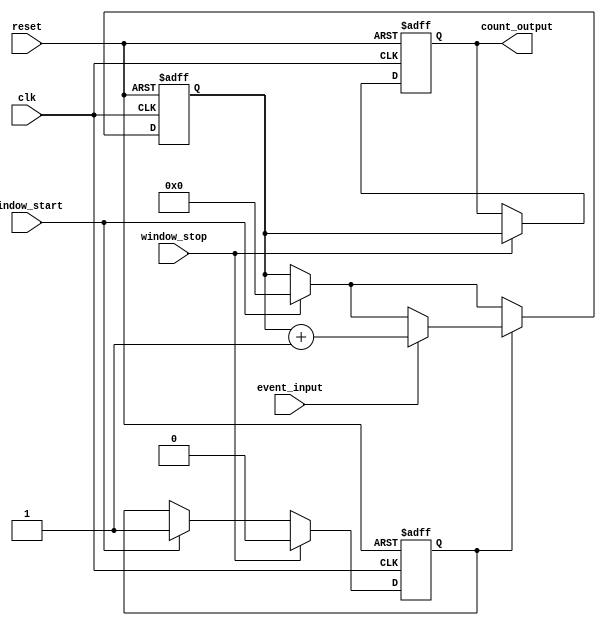
module windowed_counter #(
    parameter COUNTER_WIDTH = 8 // Parameter to define the counter width (8-bit by default)
)(
    input wire clk,               // Clock input
    input wire reset,             // Asynchronous reset signal
    input wire event_input,       // Input event signal (pulse/rising edge)
    input wire window_start,       // Window start signal
    input wire window_stop,        // Window stop signal
    output reg [COUNTER_WIDTH-1:0] count_output // Current count output
);

    // Internal signals
    reg [COUNTER_WIDTH-1:0] count; // Counter register
    reg counting;                   // State to indicate counting is active

    // Asynchronous reset and counting logic
    always @(posedge clk or posedge reset) begin
        if (reset) begin
            count <= 0;             // Reset count to 0
            count_output <= 0;      // Reset output to 0
            counting <= 0;          // Reset counting state
        end else begin
            if (window_start) begin
                count <= 0;         // Initialize count at the start of the window
                counting <= 1;      // Set counting state to active
            end
            
            if (counting) begin
                // Detect rising edge of the event_input
                if (event_input) begin
                    count <= count + 1; // Increment count on event input
                end
            end
            
            if (window_stop) begin
                count_output <= count; // Latch the current count value
                counting <= 0;          // Stop counting
            end
        end
    end

endmodule